Annual administration report of the Civil Veterinary Department of India - 1900-1901
Year: 1900
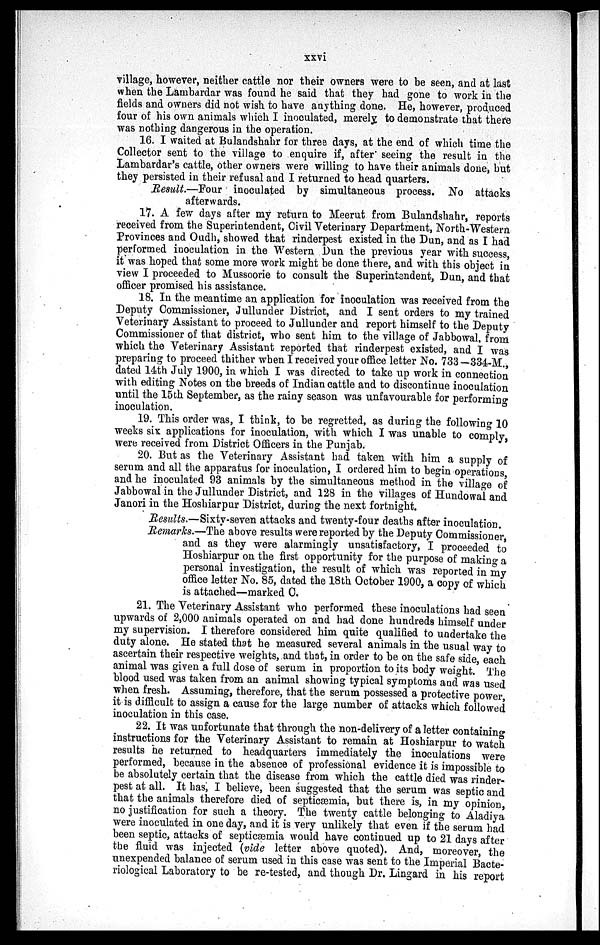
xxvi
village, however, neither cattle nor their owners were to be seen, and at last
when the Lambardar was found he said that they had gone to work in the
fields and owners did not wish to have anything done. He, however, produced
four of his own animals which I inoculated, merely to demonstrate that there
was nothing dangerous in the operation.
16. I waited at Bulandshahr for three days, at the end of which time the
Collector sent to the village to enquire if, after seeing the result in the
Lambardar's cattle, other owners were willing to have their animals done, but
they persisted in their refusal and I returned to head quarters.
Result.—Four inoculated by simultaneous process. No attacks
afterwards.
17. A few days after my return to Meerut from Bulandshahr, reports
received from the Superintendent, Civil Veterinary Department, North-Western
Provinces and Oudh, showed that rinderpest existed in the Dun, and as I had
performed inoculation in the Western Dun the previous year with success,
it was hoped that some more work might be done there, and with this object in
view I proceeded to Mussoorie to consult the Superintendent, Dun, and that
officer promised his assistance.
18. In the meantime an application for inoculation was received from the
Deputy Commissioner, Jullunder District, and I sent orders to my trained
Veterinary Assistant to proceed to Jullunder and report himself to the Deputy
Commissioner of that district, who sent him to the village of Jabbowal, from
which the Veterinary Assistant reported that rinderpest existed, and I was
preparing to proceed thither when I received your office letter No. 733—334-M.,
dated 14th July 1900, in which I was directed to take up work in connection
with editing Notes on the breeds of Indian cattle and to discontinue inoculation
until the 15th September, as the rainy season was unfavourable for performing
inoculation.
19. This order was, I think, to be regretted, as during the following 10
weeks six applications for inoculation, with which I was unable to comply,
were received from District Officers in the Punjab.
20. But as the Veterinary Assistant had taken with him a supply of
serum and all the apparatus for inoculation, I ordered him to begin operations,
and he inoculated 93 animals by the simultaneous method in the village of
Jabbowal in the Jullunder District, and 128 in the villages of Hundowal and
Janori in the Hoshiarpur District, during the next fortnight.
Results.—Sixty-seven attacks and twenty-four deaths after inoculation.
Remarks.—The above results were reported by the Deputy Commissioner,
and as they were alarmingly unsatisfactory, I proceeded to
Hoshiarpur on the first opportunity for the purpose of making a
personal investigation, the result of which was reported in my
office letter No. 85, dated the 18th October 1900, a copy of which
is attached—marked C.
21. The Veterinary Assistant who performed these inoculations had seen
upwards of 2,000 animals operated on and had done hundreds himself under
my supervision. I therefore considered him quite qualified to undertake the
duty alone. He stated that he measured several animals in the usual way to
ascertain their respective weights, and that, in order to be on the safe side, each
animal was given a full dose of serum in proportion to its body weight. The
blood used was taken from an animal showing typical symptoms and was used
when fresh. Assuming, therefore, that the serum possessed a protective power,
it is difficult to assign a cause for the large number of attacks which followed
inoculation in this case.
22. It was unfortunate that through the non-delivery of a letter containing
instructions for the Veterinary Assistant to remain at Hoshiarpur to watch
results he returned to headquarters immediately the inoculations were
performed, because in the absence of professional evidence it is impossible to
be absolutely certain that the disease from which the cattle died was rinder-
pest at all. It has, I believe, been suggested that the serum was septic and
that the animals therefore died of septicæmia, but there is, in my opinion,
no justification for such a theory. The twenty cattle belonging to Aladiya
were inoculated in one day, and it is very unlikely that even if the serum had
been septic, attacks of septicæmia would have continued up to 21 days after
the fluid was injected (vide letter above quoted). And, moreover, the
unexpended balance of serum used in this case was sent to the Imperial Bacte-
riological Laboratory to be re-tested, and though Dr. Lingard in his report